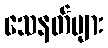
သေနတ်များ